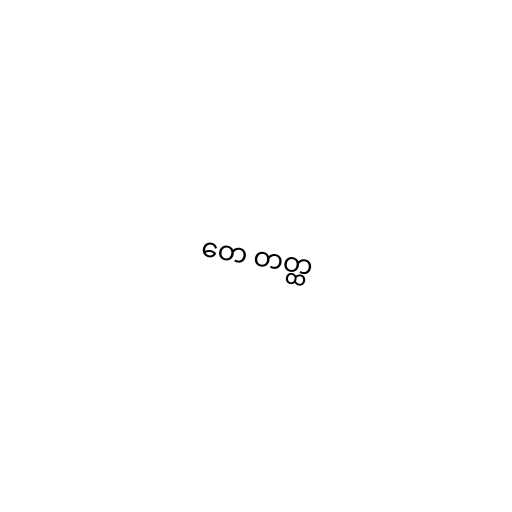
တေ တတ္ထ